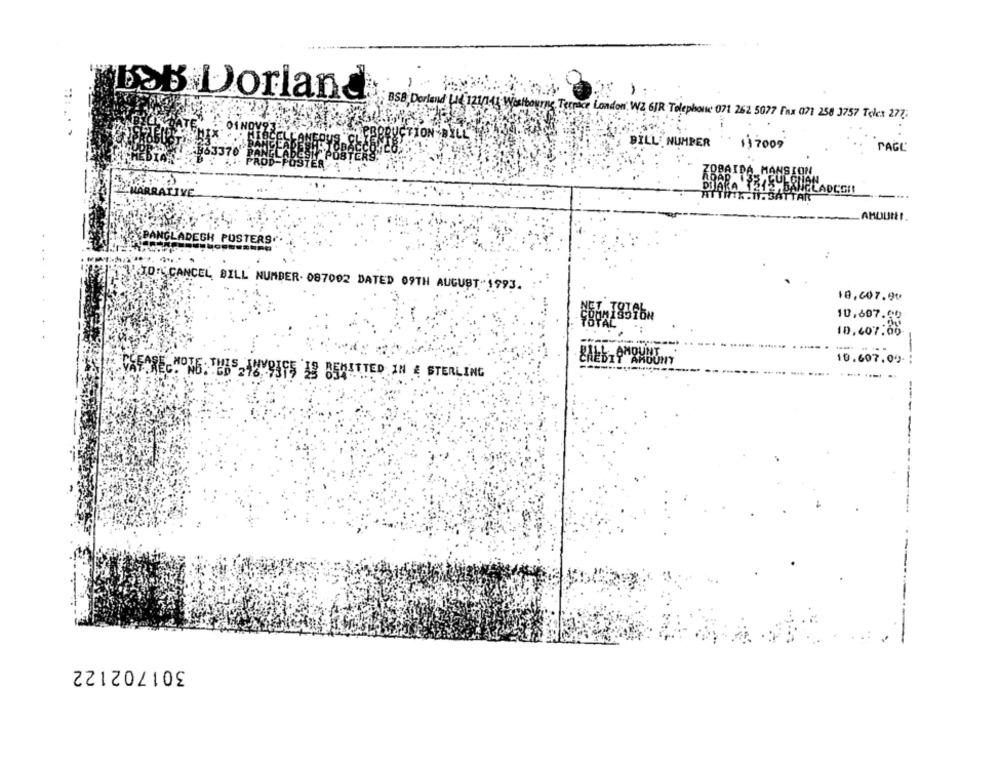
-
1
BOB Dorland
BSB Dorland Le 121/141 Westbourne Terrace London W2 6JR Telephone 071 262 5077 fax 071 258 3757 Teles 277;
TION DYLE
BILL NUMBER
1)2009
PAGL"
TIVE
ADCGI!
AMDUNI.
ADECH PUSTERS.
FCCANCEL BILL NUMBER. 087002 DATED 09TH AUGUST"1993.
18,607.90
10,607.00
$80-18596w
10,407.00
10.607.00-
-..
-----
301702122